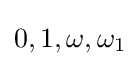
0,1,\omega ,\omega _{1}